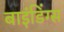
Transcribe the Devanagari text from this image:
बाइंडिंग्स